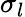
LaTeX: \sigma_{l}